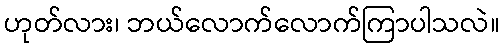
ဟုတ်လား၊ ဘယ်လောက်လောက်ကြာပါသလဲ။